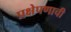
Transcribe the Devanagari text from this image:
प्रक्षेपणाची